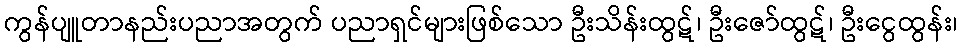
ကွန်ပျူတာနည်းပညာအတွက် ပညာရှင်များဖြစ်သော ဦးသိန်းထွဋ်၊ ဦးဇော်ထွဋ်၊ ဦးငွေထွန်း၊